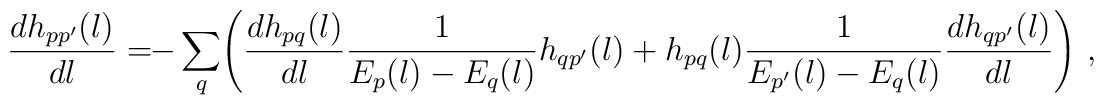
\frac{d h_{pp'}(l)}{dl} =    \!\!-\sum_q\!\left(   \frac{dh_{pq}(l)}{dl}   \frac{1} {E_p(l)-E_q(l)}h_{qp'}(l)   +h_{pq}(l)\frac{1} {E_{p'}(l)-E_{q}(l)}   \frac{dh_{qp'}(l)}{dl} \right)\,,